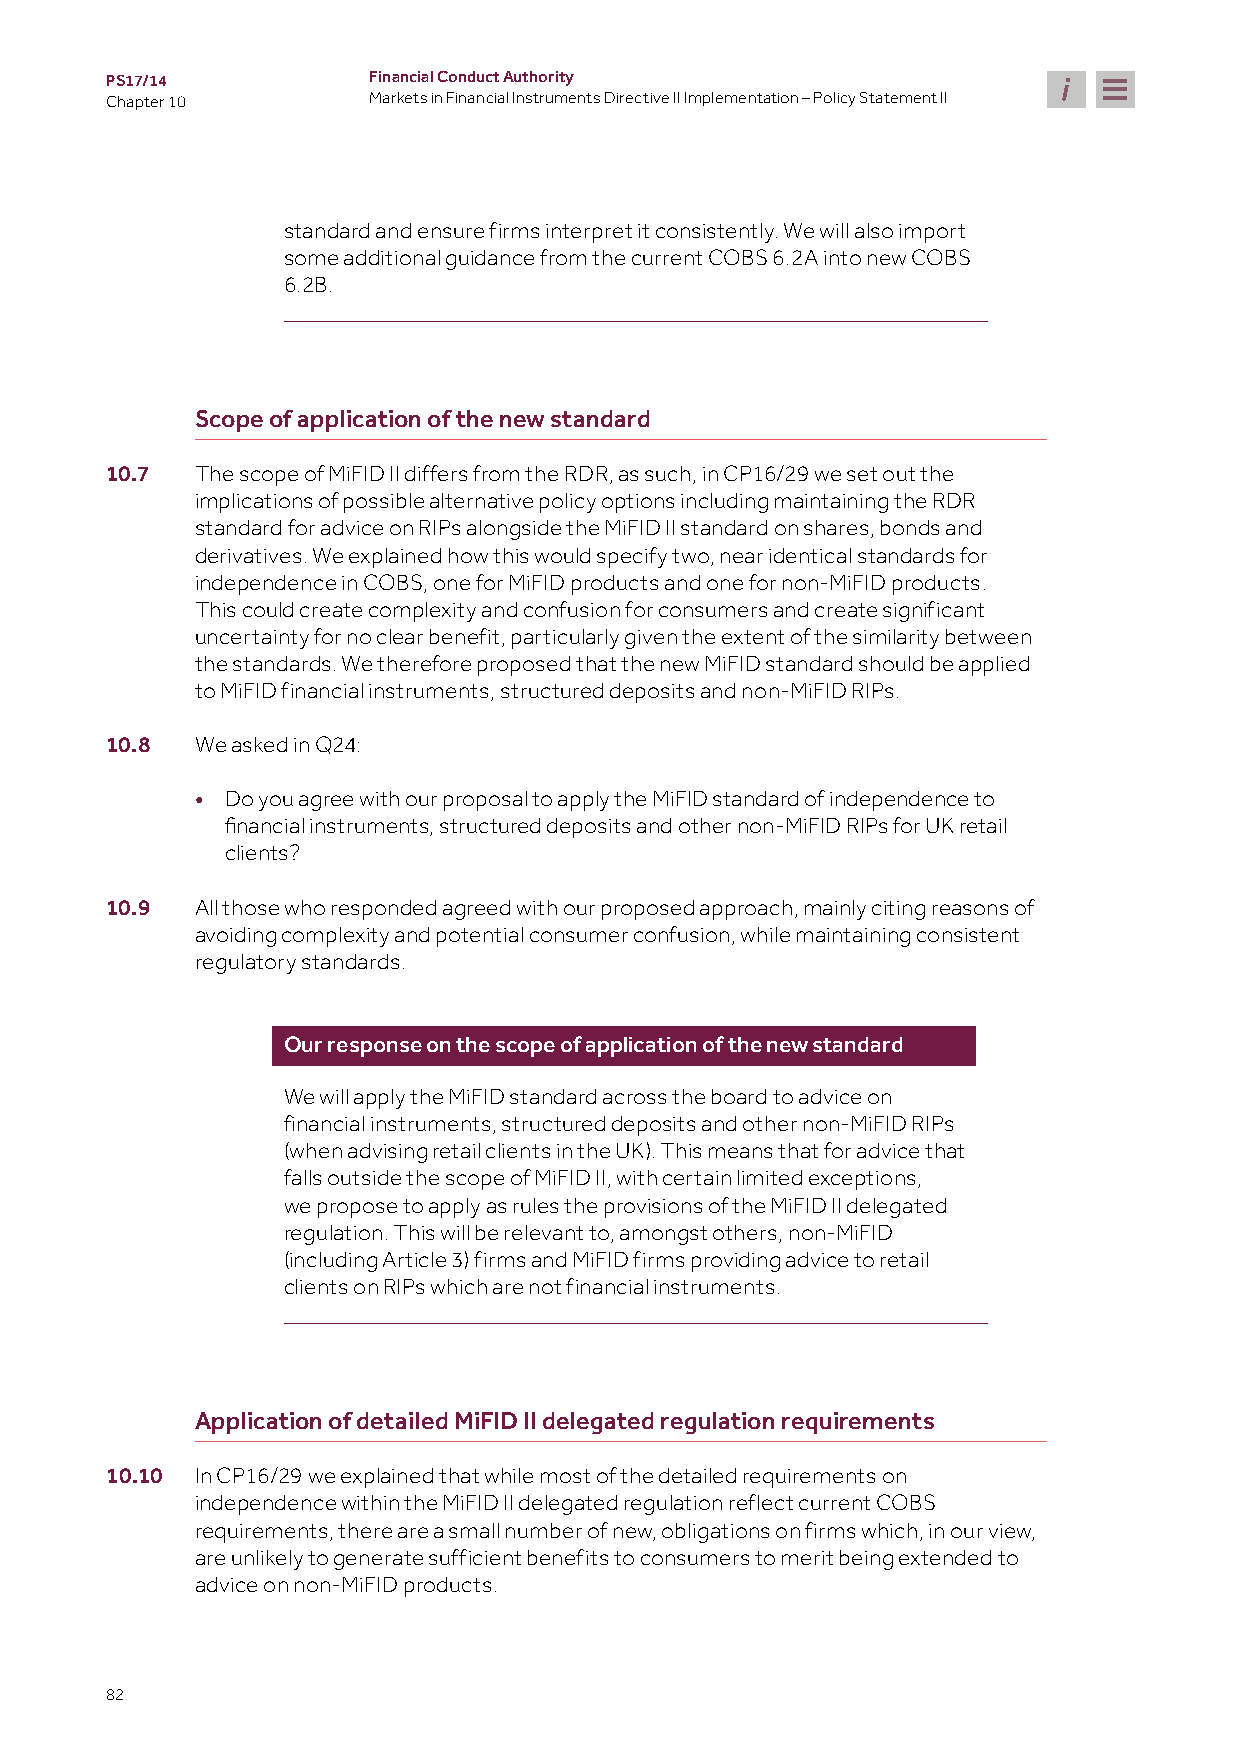
PS17/14          Financial Conduct Authority
 Chapter 10       Markets in Financial Instruments Directive II Implementation – Policy Statement II
 standard and ensure firms interpret it consistently. We will also import
 some additional guidance from the current COBS 6.2A into new COBS
 6.2B.
 Scope of application of the new standard
 10.7  The scope of MiFID II differs from the RDR, as such, in CP16/29 we set out the
 implications of possible alternative policy options including maintaining the RDR
 standard for advice on RIPs alongside the MiFID II standard on shares, bonds and
 derivatives. We explained how this would specify two, near identical standards for
 independence in COBS, one for MiFID products and one for non-MiFID products.
 This could create complexity and confusion for consumers and create significant
 uncertainty for no clear benefit, particularly given the extent of the similarity between
 the standards. We therefore proposed that the new MiFID standard should be applied
 to MiFID financial instruments, structured deposits and non-MiFID RIPs.
 10.8  We asked in Q24:
 • Do you agree with our proposal to apply the MiFID standard of independence to
 financial instruments, structured deposits and other non-MiFID RIPs for UK retail
 clients?
 10.9  All those who responded agreed with our proposed approach, mainly citing reasons of
 avoiding complexity and potential consumer confusion, while maintaining consistent
 regulatory standards.
 Our response on the scope of application of the new standard
 We will apply the MiFID standard across the board to advice on
 financial instruments, structured deposits and other non-MiFID RIPs
 (when advising retail clients in the UK). This means that for advice that
 falls outside the scope of MiFID II, with certain limited exceptions,
 we propose to apply as rules the provisions of the MiFID II delegated
 regulation. This will be relevant to, amongst others, non-MiFID
 (including Article 3) firms and MiFID firms providing advice to retail
 clients on RIPs which are not financial instruments.
 Application of detailed MiFID II delegated regulation requirements
 10.10 In CP16/29 we explained that while most of the detailed requirements on
 independence within the MiFID II delegated regulation reflect current COBS
 requirements, there are a small number of new, obligations on firms which, in our view,
 are unlikely to generate sufficient benefits to consumers to merit being extended to
 advice on non-MiFID products.
 82